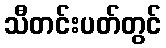
သီတင်းပတ်တွင်